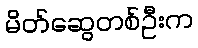
မိတ်ဆွေတစ်ဦးက